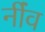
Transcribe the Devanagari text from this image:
नींंव